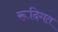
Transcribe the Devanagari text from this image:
रूदिगत